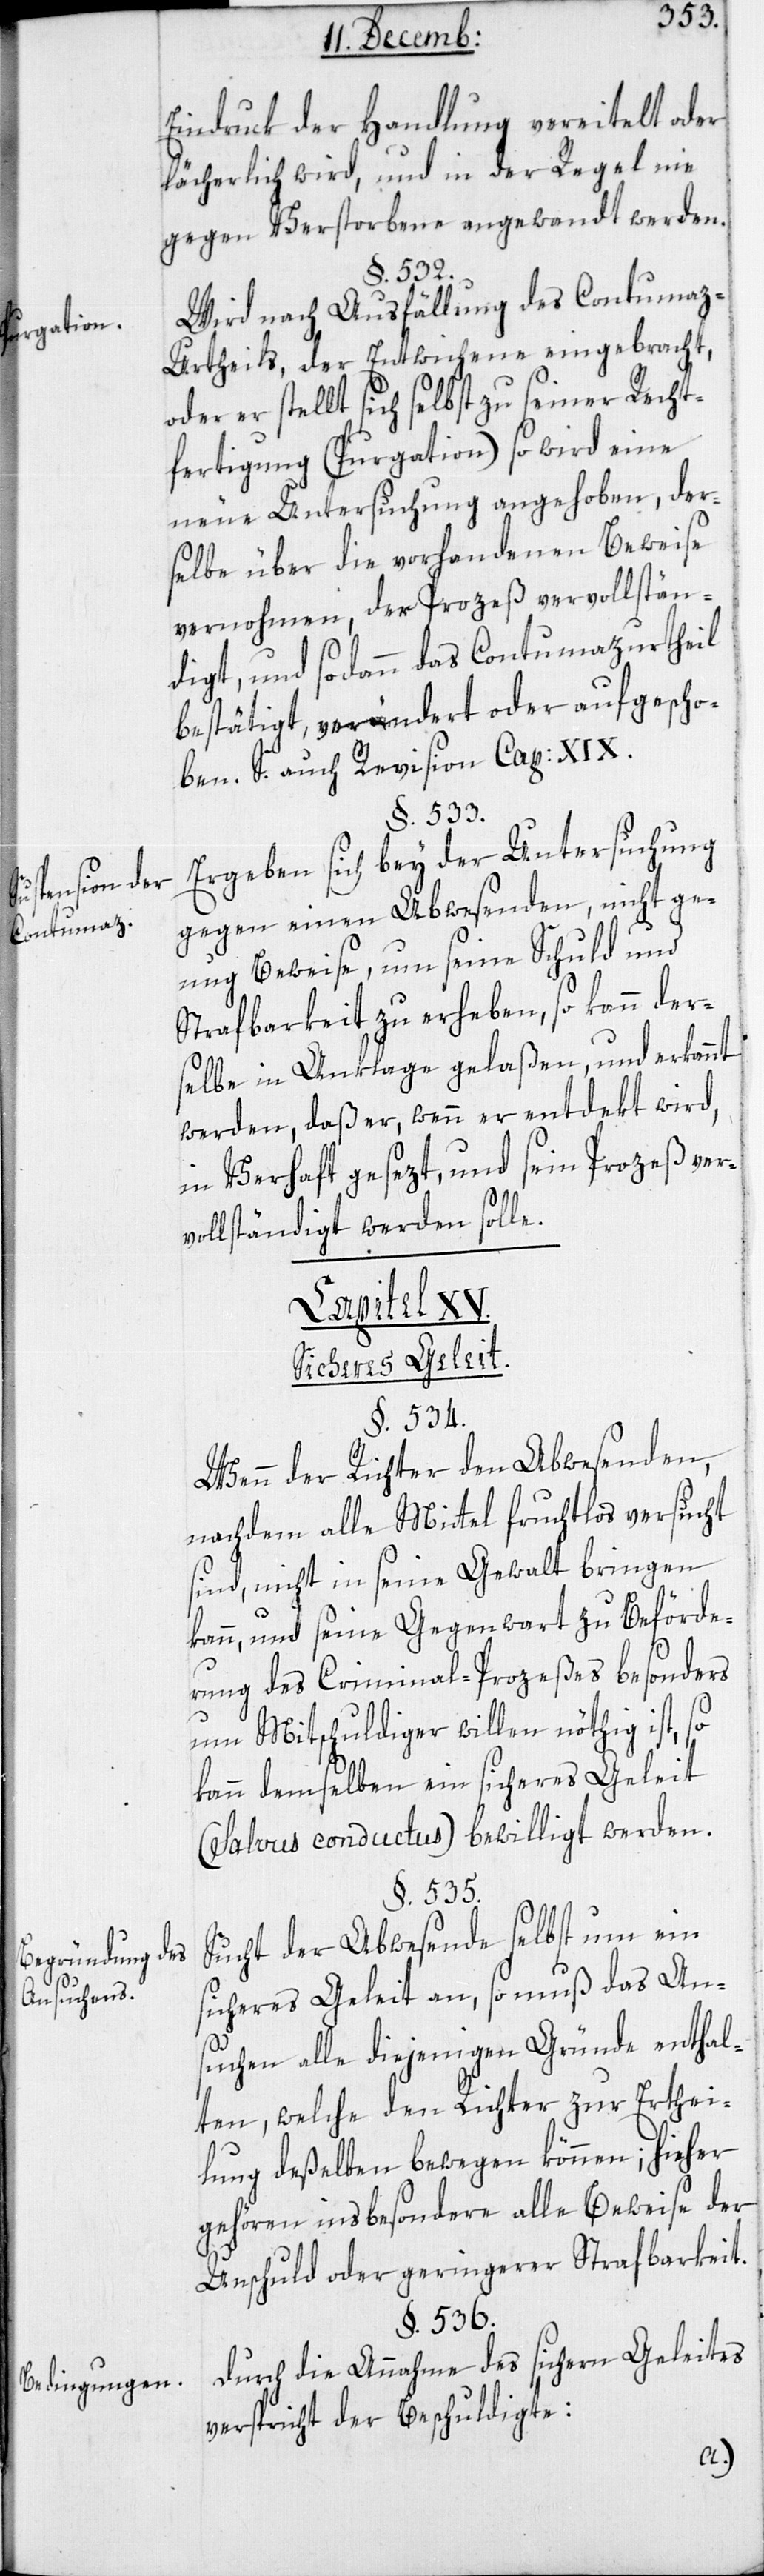
Purgation.
Suspension der
Contumaz.
Begründung des
Ansuchens.
Bedingungen

Eindruk der Handlung vereitelt oder
lächerlich wird, und in der Regel nie
gegen Verstorbene angewandt werden.
§. 532.
Wird nach Ausfällung des Contuma¬
z-Urtheils der Entwichene eingebracht,
oder er stellt sich selbst zu seiner Recht¬
fertigung (Purgation), so wird eine
neue Untersuchung angehoben, der¬
selbe über die vorhandenen Beweise
vernohmen, der Prozeß vervollstän¬
digt, und sodann das Contumaz-Urtheil
bestätigt, verändert oder aufgeho¬
ben. S. auch Revision Cap. XIX.
§. 533.
Ergeben sich bey der Untersuchung
gegen einen Abwesenden nicht ge¬
nug Beweise, um seine Schuld und
Strafbarkeit zu erheben, so kann der¬
selbe in Anklage gelaßen und erkannt
werden, daß er, wenn er entdekt wird,
in Verhaft gesezt und seyn Prozeß ver¬
vollständigt werden solle.
Capitel XV.
Sicheres Geleit.
§. 534.
Wenn der Richter den Abwesenden,
nachdem alle Mittel fruchtlos versucht
sind, nicht in seine Gewalt bringen
kann, und seine Gegenwart zu Beförde¬
rung des Criminal-Prozeßes besonders
um Mitschuldiger willen nöthig ist, so
kann demselben ein sicheres Geleit
(Salvus conductus) bewilligt werden.
§. 535.
Sucht der Abwesende selbst um ein
sicheres Geleit an, so muß das An¬
suchen alle diejenigen Gründe enthal¬
ten, welche den Richter zur Erthei¬
lung deßelben bewegen können; hieher
gehören insbesondere alle Beweise der
Unschuld oder geringerer Strafbarkeit.
§. 536.
Durch die Annahme des sichern Geleites
verspricht der Beschuldigte: